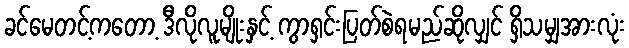
ခင်မေတင့်ကတော့ ဒီလိုလူမျိုးနှင့် ကွာရှင်းပြတ်စဲရမည်ဆိုလျှင် ရှိသမျှအားလုံး